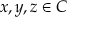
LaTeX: x , y , z \in C